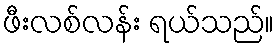
ဖီးလစ်လန်း ရယ်သည်။